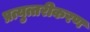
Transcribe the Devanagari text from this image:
प्रत्युत्तरीकरण